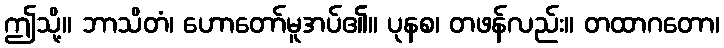
ဤသို့။ ဘာသိတံ၊ ဟောတော်မူအပ်၏။ ပုနစ၊ တဖန်လည်း။ တထာဂတော၊